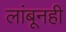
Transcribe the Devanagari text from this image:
लांबूनही